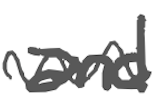
Text: and
Cross-out: mix
Writing tool: digital_gray